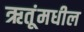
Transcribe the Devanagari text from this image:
ऋतूंमधील